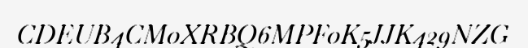
CDEUB4CM0XRBQ6MPF0K5JJK429NZG